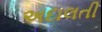
અદાલતી